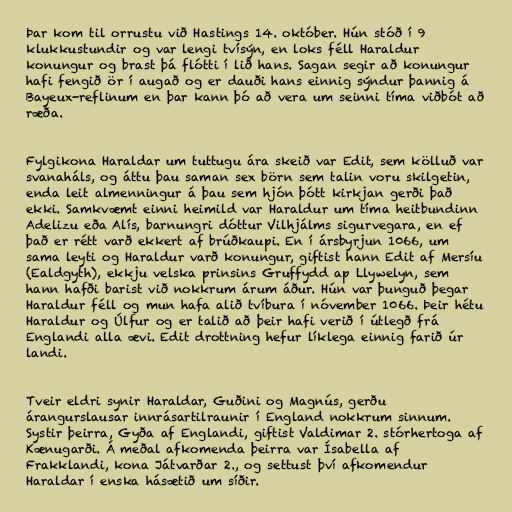
Þar kom til orrustu við Hastings 14. október. Hún stóð í 9
klukkustundir og var lengi tvísýn, en loks féll Haraldur
konungur og brast þá flótti í lið hans. Sagan segir að konungur
hafi fengið ör í augað og er dauði hans einnig sýndur þannig á
Bayeux-reflinum en þar kann þó að vera um seinni tíma viðbót að
ræða.

Fylgikona Haraldar um tuttugu ára skeið var Edit, sem kölluð var
svanaháls, og áttu þau saman sex börn sem talin voru skilgetin,
enda leit almenningur á þau sem hjón þótt kirkjan gerði það
ekki. Samkvæmt einni heimild var Haraldur um tíma heitbundinn
Adelizu eða Alís, barnungri dóttur Vilhjálms sigurvegara, en ef
það er rétt varð ekkert af brúðkaupi. En í ársbyrjun 1066, um
sama leyti og Haraldur varð konungur, giftist hann Edit af Mersíu
(Ealdgyth), ekkju velska prinsins Gruffydd ap Llywelyn, sem
hann hafði barist við nokkrum árum áður. Hún var þunguð þegar
Haraldur féll og mun hafa alið tvíbura í nóvember 1066. Þeir hétu
Haraldur og Úlfur og er talið að þeir hafi verið í útlegð frá
Englandi alla ævi. Edit drottning hefur líklega einnig farið úr
landi.

Tveir eldri synir Haraldar, Guðini og Magnús, gerðu
árangurslausar innrásartilraunir í England nokkrum sinnum.
Systir þeirra, Gyða af Englandi, giftist Valdimar 2. stórhertoga af
Kænugarði. Á meðal afkomenda þeirra var Ísabella af
Frakklandi, kona Játvarðar 2., og settust því afkomendur
Haraldar í enska hásætið um síðir.